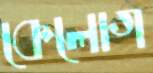
কেলোগ